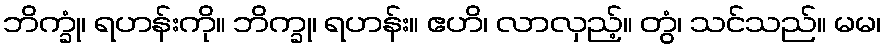
ဘိက္ခုံ၊ ရဟန်းကို။ ဘိက္ခု၊ ရဟန်း။ ဧဟိ၊ လာလှည့်။ တွံ၊ သင်သည်။ မမ၊